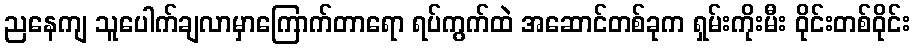
ညနေကျ သူပေါက်ချလာမှာကြောက်တာရော ရပ်ကွက်ထဲ အဆောင်တစ်ခုက ရှမ်းကိုးမီး ဝိုင်းတစ်ဝိုင်း